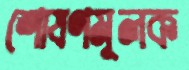
শোষণমূলক